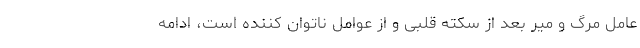
عامل مرگ و میر بعد از سکته قلبی و از عوامل ناتوان کننده است، ادامه